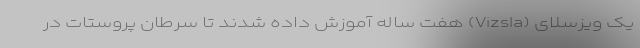
یک ویزسلای (Vizsla) هفت ساله آموزش داده شدند تا سرطان پروستات در